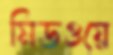
মিডওয়ে